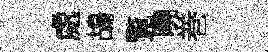
處鴣覧曉巻